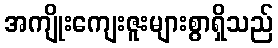
အကျိုးကျေးဇူးများစွာရှိသည်